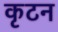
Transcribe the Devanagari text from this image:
कृटन